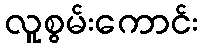
လူစွမ်းကောင်း